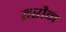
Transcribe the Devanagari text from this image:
तरौन